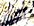
أكن